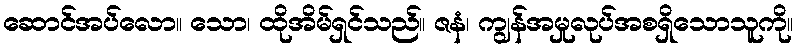
ဆောင်အပ်လော။ သော၊ ထိုအိမ်ရှင်သည်။ ဇနံ၊ ကျွန်အမှုလုပ်အစရှိသောသူကို။